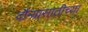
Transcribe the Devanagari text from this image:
दौऱ्यासाठीच्या